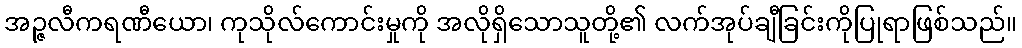
အဉ္ဇလီကရဏီယော၊ ကုသိုလ်ကောင်းမှုကို အလိုရှိသောသူတို့၏ လက်အုပ်ချီခြင်းကိုပြုရာဖြစ်သည်။